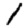
Digit: 1